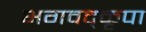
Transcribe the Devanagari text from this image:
भगवद्कृपा